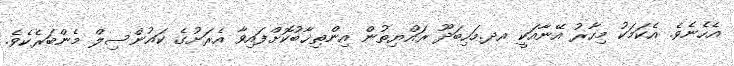
އެހެނެވެ. އެކަމަކު މިހާރު އޭނާއަކީ އދ.މަހިބަދޫ ރައްޔިތުން އިންތިޚާބުކޮށްފައިވާ އެރަށުގެ ކައުންސިލް މެންބަރެކެވެ.